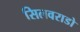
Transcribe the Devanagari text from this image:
सिलवराडो